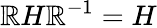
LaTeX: \mathbb{R}H\mathbb{R}^{-1}=H